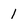
Character: 1